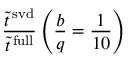
\frac { \tilde { t } ^ { \mathrm { \, s v d } } } { \tilde { t } ^ { \mathrm { \, f u l l } } } \left( \frac { b } { q } = \frac { 1 } { 1 0 } \right)